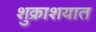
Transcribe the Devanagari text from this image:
शुक्राशयात